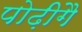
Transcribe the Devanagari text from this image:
पोढ़ीगै